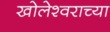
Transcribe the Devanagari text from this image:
खोलेश्वराच्या